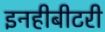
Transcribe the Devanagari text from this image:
इनहीबीटरी